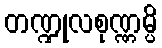
တဏ္ဍုလစုဏ္ဏမ္ပိ